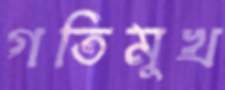
গতিমুখ